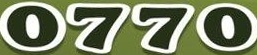
0770